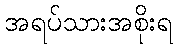
အရပ်သားအစိုးရ